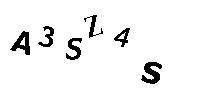
A3SZ4S